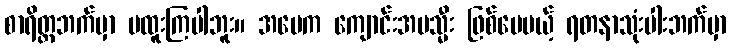
စာရိတ္တဘက်မှာ မထူးကြပါဘူး။ အမေက ကျောင်းအမသ္မီး ဖြစ်ပေမယ့် ရတနာသုံးပါးဘက်မှာ